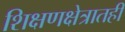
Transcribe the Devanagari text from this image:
शिक्षणक्षेत्रातही